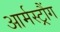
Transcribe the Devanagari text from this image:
आर्मस्ट्रौंग